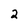
Character: 2